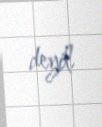
deyil.